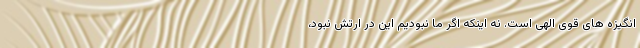
انگیزه های قوی الهی است. نه اینکه اگر ما نبودیم این در ارتش نبود،